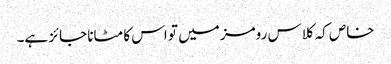
خاص کہ کلاس رومز میں تو اس کا مٹانا جائز ہے۔